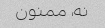
نه، ممنون